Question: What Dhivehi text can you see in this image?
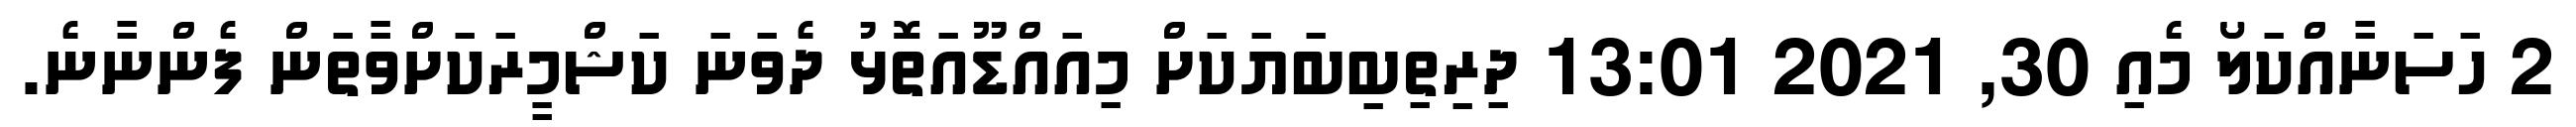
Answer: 2 ހަސަނާއްކަލޯ މެއި 30, 2021 13:01 ދިރިތިބިބަޔަކަށް މިއައްޑޫއަތޮޅު ދެވަނަ ކަޝްމީރަކަށްވާތަން ފެންނާނެ.